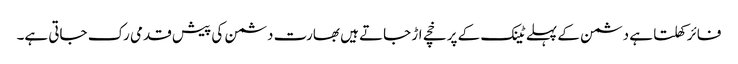
فائر کھلتا ہے دشمن کے پہلے ٹینک کے پرخچے اڑ جاتے ہیں بھارت دشمن کی پیش قدمی رک جاتی ہے۔